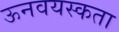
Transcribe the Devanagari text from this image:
ऊनवयस्कता